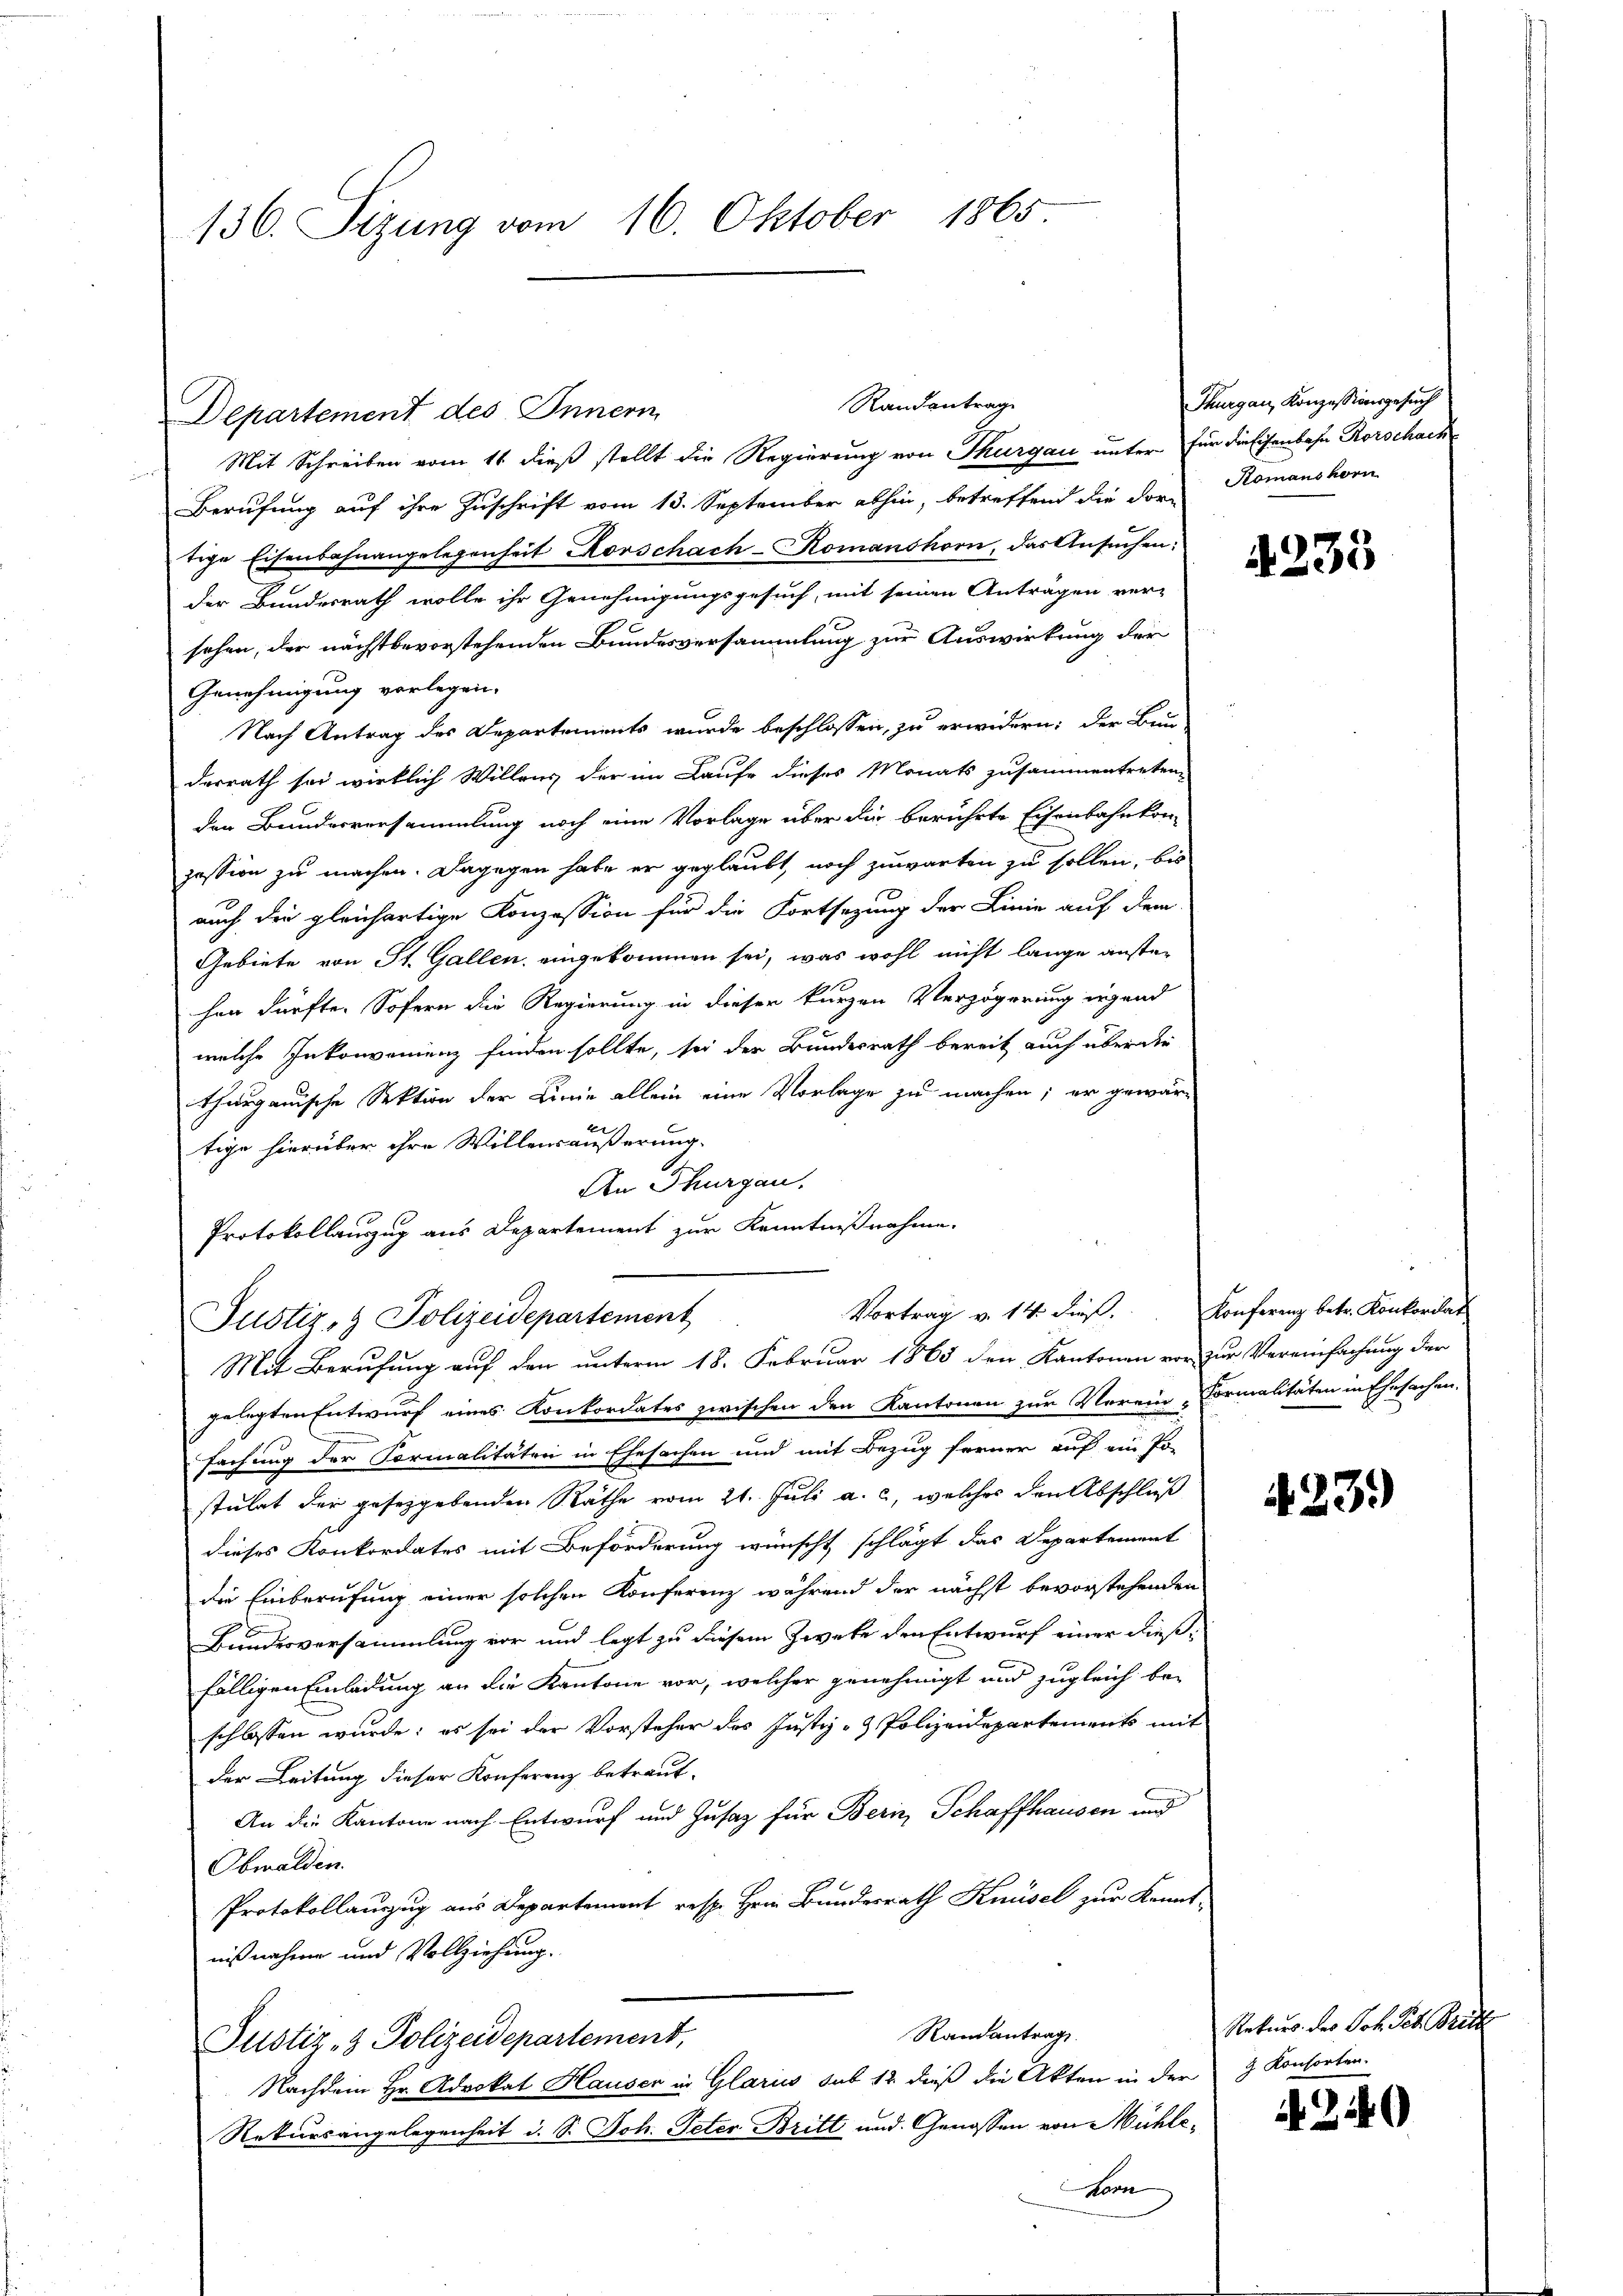
136. Sizung vom 16. Oktober 1865

Mit Schreiben vom 11. dieß stellt die Regierung von Thurgau unter für die Eisenbahn Rorschach
Berufung auf ihre Zuschrift vom 13. September abhin, betreffend die dort Romanshorn
tige Eisenbahnangelegenheit Korschach-Romanshorn, das Ansuchen:
der Bundesrath wolle ihr Genehmigungsgesuch, mit seinen Anträgen ver-
sehen, der nächstbevorstehenden Bundesversammlung zur Auswirkung der
Genehmigung vorlegen.
Nach Antrag des Departements wurde beschlossen, zu erwidern; der Bun-
derrath sei wirklich Willens der im Laufe dieses Monats zusammentreten,
den Bundesversammlung noch eine Vorlage über die berührte Eisenbahnkon-
pession zu machen. Dagegen habe er geglaubt, noch zuwarten zu sollen, bis
auch die gleichartige Konzession für die Fortsezung der Linie auf dem
Gebiete von St. Gallen, eingekommen sei, was wohl nicht lange anstehen dürfte. Sofern die Regierung in dieser kurzen Verzögerung irgend
welche Inkonvenienz finden sollte, sei der Bundesrath bereit auch über die
thurganische Sektion der Linie allein eine Vorlage zu machen; er gewär-
tige hierüber ihre Willensäußerung.
An Thurgau.
Protokollauszug aus Departement zur Kenntnißnahme.
gelegten Entwurf eines Konkordates zwischen den Kantonen zur Verein Formalitäten in Ehesachen.
fachung der Formalitäten in Ehesachen und mit Bezug ferner auf ein Po-
stulat der gesetzgebenden Räthe vom 21. Juli a. c., welches den Abschluß
dieses Konkordates mit Beförderung wünscht schlägt das Departement
die Einberufung einer solchen Konferenz während der nächst bevorstehenden
Bundesversammlung vor und legt zu diesem Zweke den Entwurf einer dießfälligen Einladung an die Kantone vor, welcher genehmigt und zugleich beschlossen wurde: es sei der Vorsteher des Justiz- & Polizeidepartements mit
der Leitung dieser Konferenz betraut.
An die Kantone nach Entwurf und Zusatz für Bern, Schaffhausen und
Obwalden.
Protokollauszug aus Departemont resp. Hrie Bundesrath Knüsel zur Kennt-
nißnahme und Vollziehung.
Randantrag.
Justiz- & Polizeidepartement,
Nachdem Hr. Advokat Hauser in Glarus sub 12. dieß die Akten in der 3 Konsorten.
Rekursangelegenheit d. S. Joh. Peter Britt und Genossen von Mühle¬
Horn

Departement des Innern

Randantrag

Vortrag v. 14. dieβ. Konferenz betr. Konkordat
Justiz- & Polizeidepartement
Mit Berufung auf den unterm 18. Februar 1865 den Kantonen vor zur Vereinfachung der

Thurgau, Konzessionsgesuch

4233

423.

Rekurs des Joh. Pet. Britt

240